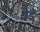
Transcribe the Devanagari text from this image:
वहँ